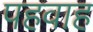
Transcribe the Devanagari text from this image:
पहवाह